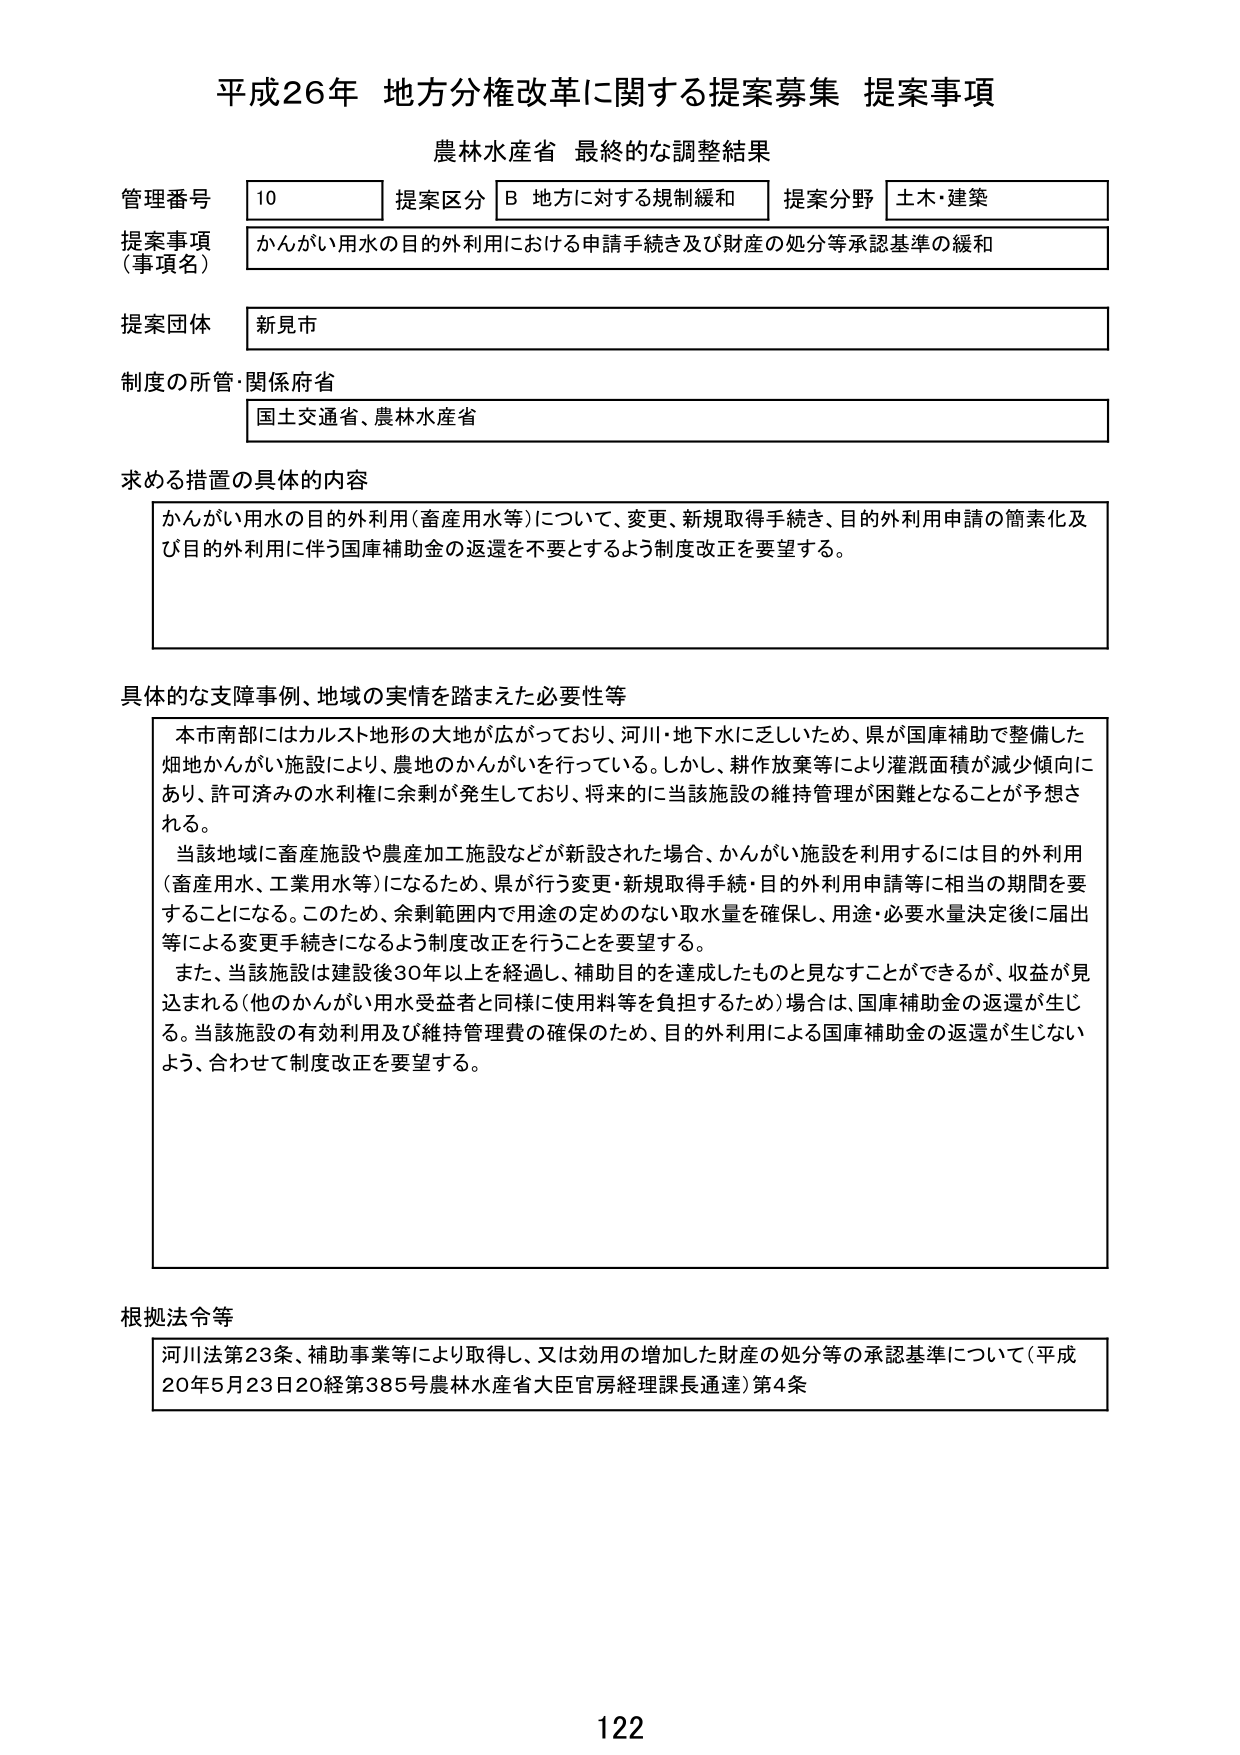
平成26年 地方分権改革に関する提案募集 提案事項
農林水産省 最終的な調整結果

管理番号 10
提案区分 B 地方に対する規制緩和
提案分野 土木・建築

提案事項（事項名）
かんがい用水の目的外利用における申請手続き及び財産の処分等承認基準の緩和

提案団体
新見市

制度の所管・関係府省
国土交通省、農林水産省

求める措置の具体的な内容
かんがい用水の目的外利用（畜産用水等）について、変更、新規取得手続き、目的外利用申請の簡素化及び目的外利用に伴う国庫補助金の返還を不要とするよう制度改正を要望する。

具体的な支障事例、地域の実情を踏まえた必要性等
本市南部にはカルスト地形の大地が広がっており、河川・地下水に乏しいため、県が国庫補助で整備した畑地かんがい施設により、農地のかんがいを行っている。しかし、耕作放棄等により灌漑面積が減少傾向にあり、許可済みの水利権に余剰が発生しており、将来的に当該施設の維持管理が困難となることが予想される。
当該地域に畜産施設や農産加工施設などが新設された場合、かんがい施設を利用するには目的外利用（畜産用水、工業用水等）になるため、県が行う変更・新規取得手続・目的外利用申請等に相当の期間を要することになる。このため、余剰範囲内で用途の定めのない取水量を確保し、用途・必要水量決定後に届出等による変更手続きになるよう制度改正を行うことを要望する。
また、当該施設は建設後30年以上を経過し、補助目的を達成したものと見なすことができるが、収益が見込まれる（他のかんがい用水受益者と同様に使用料等を負担するため）場合は、国庫補助金の返還が生じる。当該施設の有効利用及び維持管理費の確保のため、目的外利用による国庫補助金の返還が生じないよう、合わせて制度改正を要望する。

根拠法令等
河川法第23条、補助事業等により取得し、又は効用の増加した財産の処分等の承認基準について（平成20年5月23日20経第385号農林水産省大臣官房経理課長通達）第4条

122